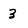
Character: 3